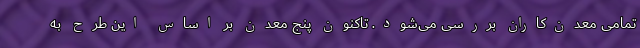
تمامی معدن‌کاران بررسی می‌شود. تاکنون پنج معدن بر اساس این طرح به